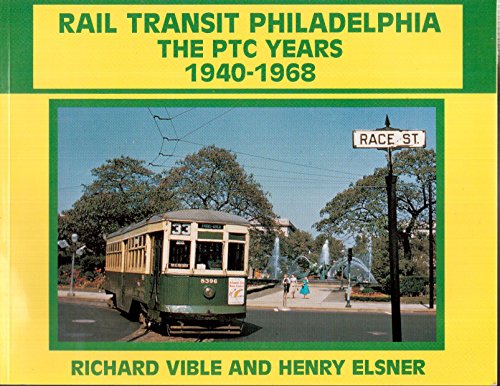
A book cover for Rail Transit Philadelphia: The PTC Years 1940-1968; Richard Vible; Travel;